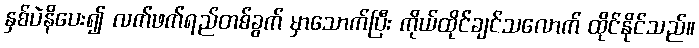
နှစ်ပဲနိပေး၍ လက်ဖက်ရည်တစ်ခွက် မှာသောက်ပြီး ကိုယ်ထိုင်ချင်သလောက် ထိုင်နိုင်သည်။